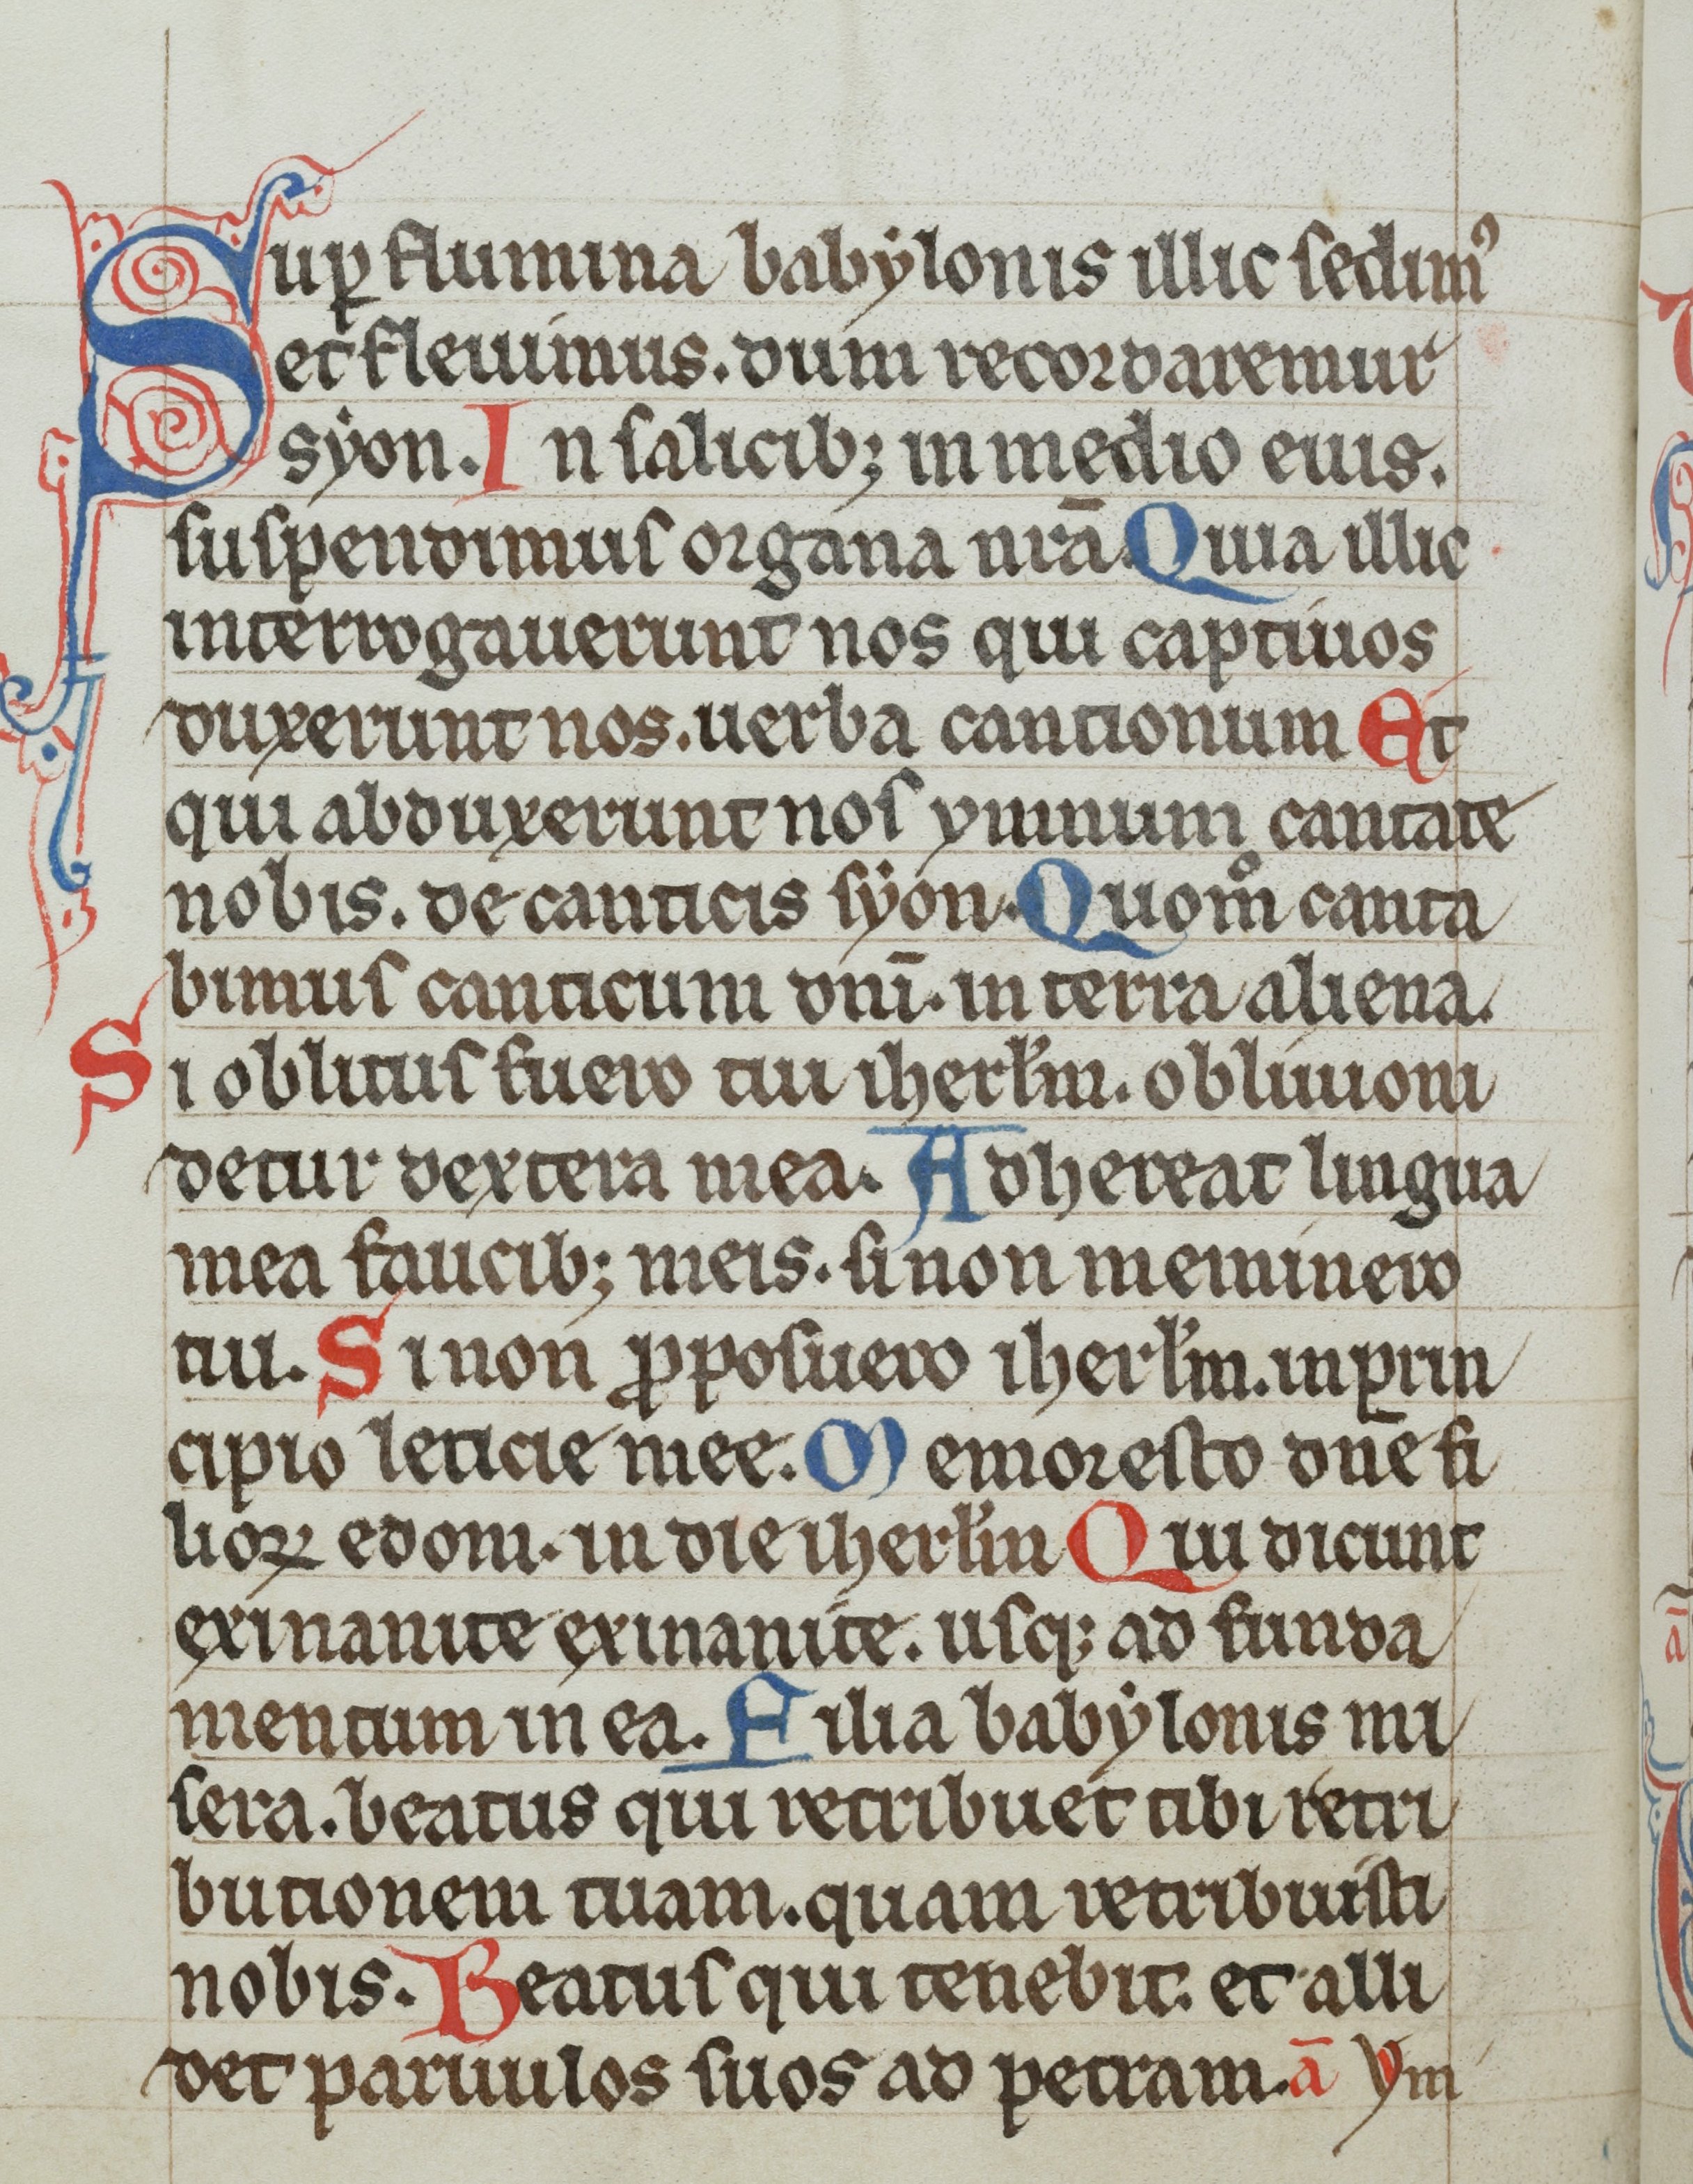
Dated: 1300–1399